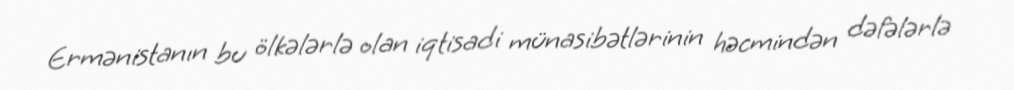
Ermənistanın bu ölkələrlə olan iqtisadi münasibətlərinin həcmindən dəfələrlə